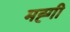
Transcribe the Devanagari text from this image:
मह्गी